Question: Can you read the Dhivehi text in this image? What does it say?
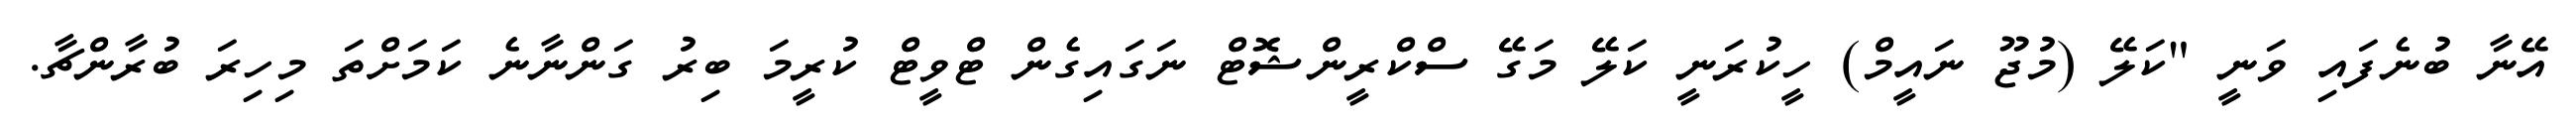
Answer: އޭނާ ބުނެފައި ވަނީ "ކަލޭ (މުޖޫ ނައީމް) ހީކުރަނީ ކަލޭ މަގޭ ސްކްރީންޝޮޓް ނަގައިގެން ޓްވީޓް ކުރީމަ ބިރު ގަންނާނެ ކަމަށްތަ މިހިރަ ބުރާންޗާ.